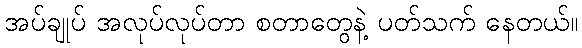
အပ်ချုပ် အလုပ်လုပ်တာ စတာတွေနဲ့ ပတ်သက် နေတယ်။